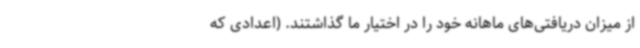
از میزان دریافتی‌های ماهانه خود را در اختیار ما گذاشتند. (اعدادی که